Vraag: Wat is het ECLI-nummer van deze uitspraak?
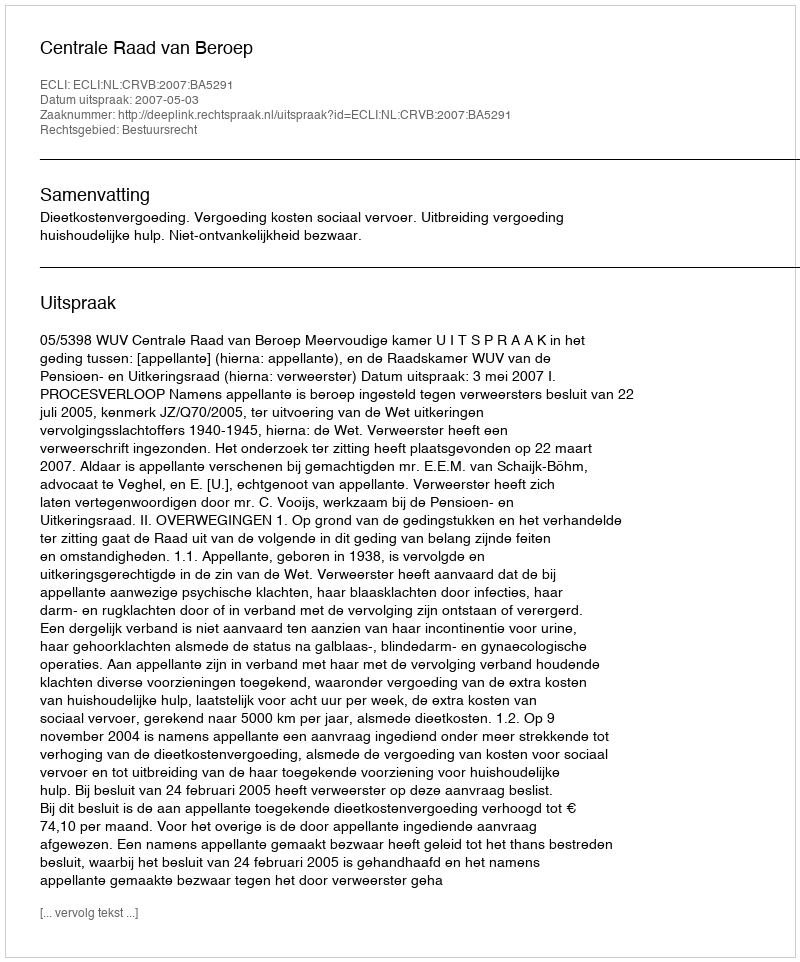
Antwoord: ECLI:NL:CRVB:2007:BA5291